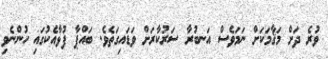
ވުރެ ދަށް މަޤާމަކަށް ނަމަވެސް އަނބުރާ ސަރުކާރަށް ވަޑައިގަތެވެ. ބައްޕާ ފުޅާއެކުގައި ހުންނެވި